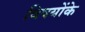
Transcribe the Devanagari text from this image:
विषयोंके